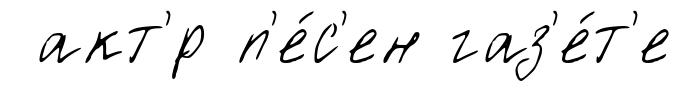
акт'́р п'е́с'ен газ'е́т'е